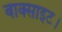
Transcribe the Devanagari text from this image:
बाक्साइट।